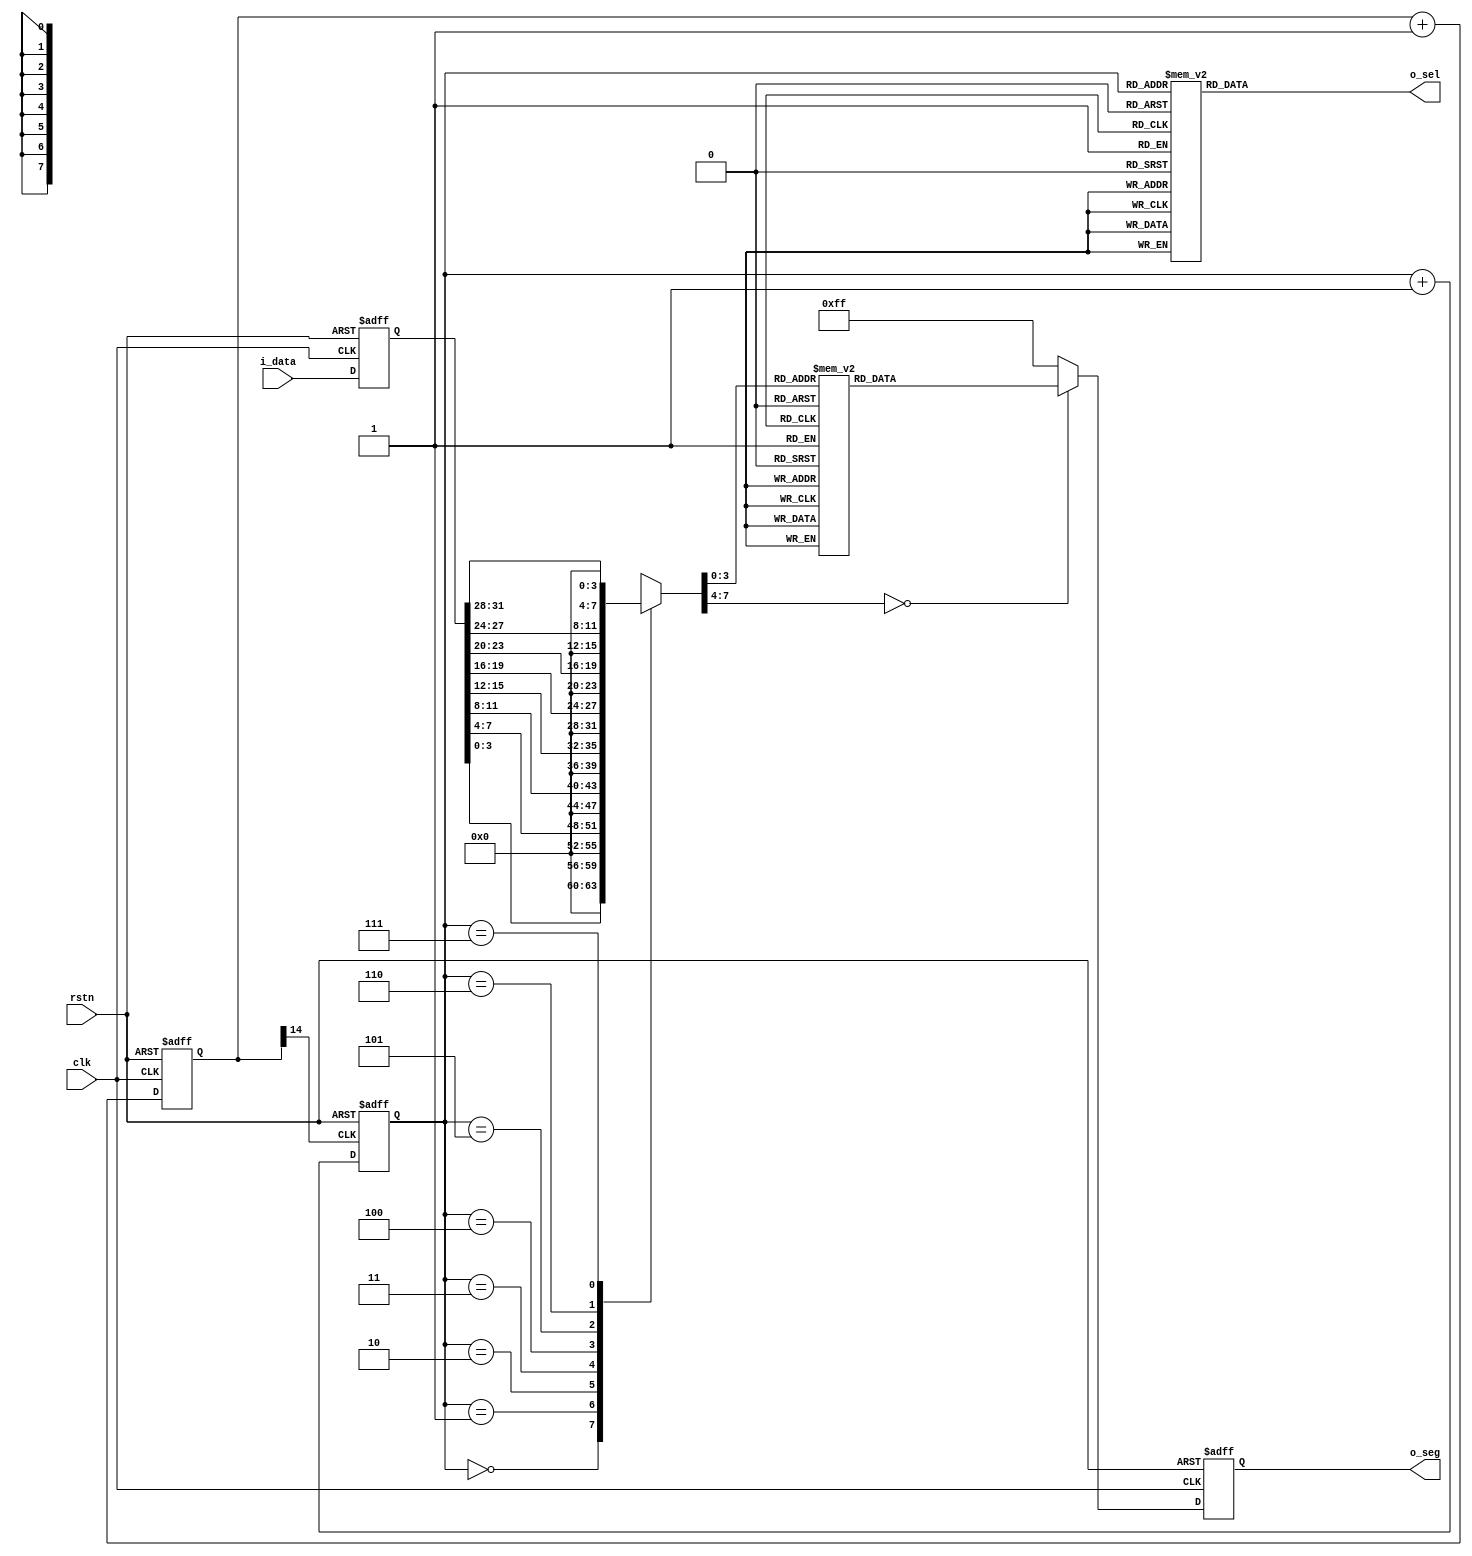
module seg7x16 (
  input						clk, rstn,
  input		[31:0]	i_data,
  output	[7:0]		o_seg, o_sel
);
    
reg		[14:0]		clk_div;
wire						seg7_clk = clk_div[14];
always @(posedge clk, negedge rstn) begin
  if (!rstn) clk_div <= 0;
  else clk_div <= clk_div + 1'b1;
end

reg		[2:0]			seg7_addr;
always @(posedge seg7_clk, negedge rstn) begin
  if (!rstn) seg7_addr <= 0;
  else seg7_addr <= seg7_addr + 1'b1;
end

reg		[7:0]			o_sel_r;
always @(*) begin
  case (seg7_addr)
    7: o_sel_r = 8'b01111111;
    6: o_sel_r = 8'b10111111;
    5: o_sel_r = 8'b11011111;
    4: o_sel_r = 8'b11101111;
    3: o_sel_r = 8'b11110111;
    2: o_sel_r = 8'b11111011;
    1: o_sel_r = 8'b11111101;
    0: o_sel_r = 8'b11111110;
  endcase
end

reg		[31:0]		i_data_store;
always @(posedge clk, negedge rstn) begin
  if (!rstn) i_data_store <= 0;
  else i_data_store <= i_data;
end

reg		[7:0]		seg_data_r;
always @(*) begin
  case (seg7_addr)
    0: seg_data_r = i_data_store[3:0];
    1: seg_data_r = i_data_store[7:4];
    2: seg_data_r = i_data_store[11:8];
    3: seg_data_r = i_data_store[15:12];
    4: seg_data_r = i_data_store[19:16];
    5: seg_data_r = i_data_store[23:20];
    6: seg_data_r = i_data_store[27:24];
    7: seg_data_r = i_data_store[31:28];
  endcase
end

reg		[7:0]		o_seg_r;
always @(posedge clk, negedge rstn) begin
  if (!rstn) o_seg_r <= 8'hff;
  else begin
    case (seg_data_r)
      4'h0: o_seg_r <= 8'hC0;
      4'h1: o_seg_r <= 8'hF9;
      4'h2: o_seg_r <= 8'hA4;
      4'h3: o_seg_r <= 8'hB0;
      4'h4: o_seg_r <= 8'h99;
      4'h5: o_seg_r <= 8'h92;
      4'h6: o_seg_r <= 8'h82;
      4'h7: o_seg_r <= 8'hF8;
      4'h8: o_seg_r <= 8'h80;
      4'h9: o_seg_r <= 8'h90;
      4'hA: o_seg_r <= 8'h88;
      4'hB: o_seg_r <= 8'h83;
      4'hC: o_seg_r <= 8'hC6;
      4'hD: o_seg_r <= 8'hA1;
      4'hE: o_seg_r <= 8'h86;
      4'hF: o_seg_r <= 8'h8E;
      default: o_seg_r <= 8'hFF;
    endcase
  end
end

assign o_sel = o_sel_r;
assign o_seg = o_seg_r;
endmodule